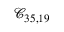
\mathcal { C } _ { 3 5 , 1 9 }